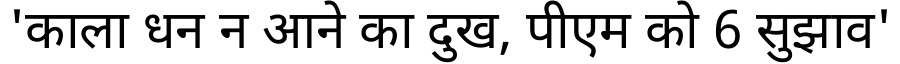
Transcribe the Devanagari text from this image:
'काला धन न आने का दुख, पीएम को 6 सुझाव'